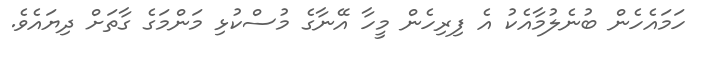
ހަމައެހެން ބުނެލުމާއެކު އެ ފިރިހެން މީހާ އޭނާގެ މުސްކުޅި މަންމަގެ ގާތަށް ދިޔައެވެ.